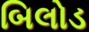
બિલોડ